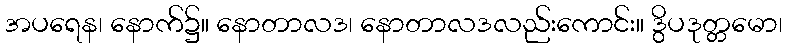
အပရေန၊ နောက်၌။ နောတာလဒ၊ နောတာလဒလည်းကောင်း။ ဒွိပဒုတ္တမော၊